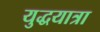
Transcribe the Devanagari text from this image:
युद्धयात्रा